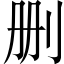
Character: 删